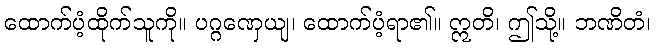
ထောက်ပံ့ထိုက်သူကို။ ပဂ္ဂဏှေယျ၊ ထောက်ပံ့ရာ၏။ ဣတိ၊ ဤသို့။ ဘဏိတံ၊